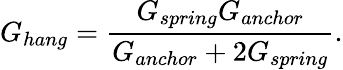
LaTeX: G_{hang}=\frac{G_{spring}G_{anchor}}{G_{anchor}+2G_{spring}}.